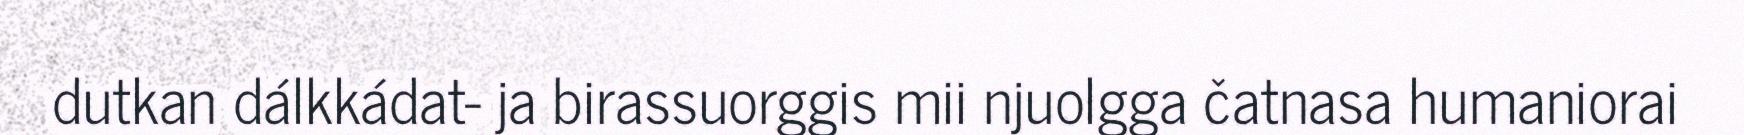
dutkan dálkkádat- ja birassuorggis mii njuolgga čatnasa humaniorai